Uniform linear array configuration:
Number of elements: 48
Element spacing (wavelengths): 0.25
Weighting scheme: hann
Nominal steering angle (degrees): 0
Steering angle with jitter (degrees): -0.7519
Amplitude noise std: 0.05
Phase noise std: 0.05

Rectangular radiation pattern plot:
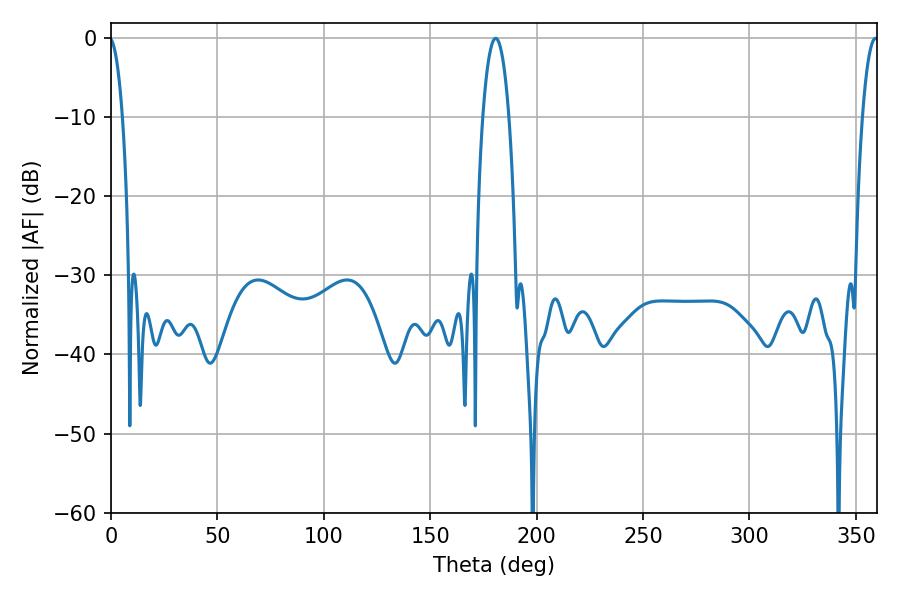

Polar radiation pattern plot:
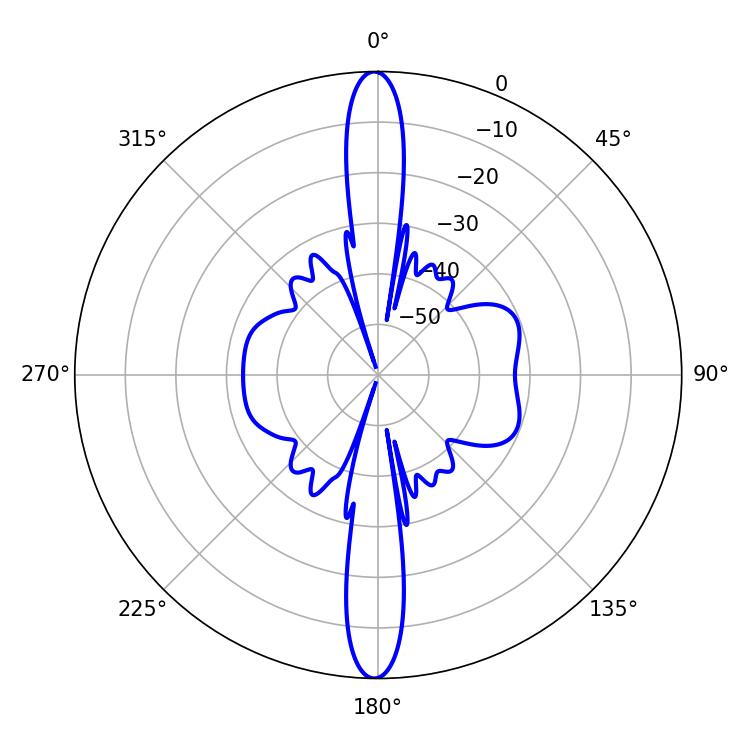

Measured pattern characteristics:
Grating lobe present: FALSE
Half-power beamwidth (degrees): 6.84
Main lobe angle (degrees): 180.72